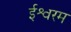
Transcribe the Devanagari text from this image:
ईश्वरम